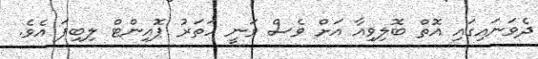
ދެވަނައިގައި އޮތް ބޮލިވިއާ އަށް ވެސް ވަނީ ހަތަރު ޕޮއިންޓް ލިބިފަ އެވެ.